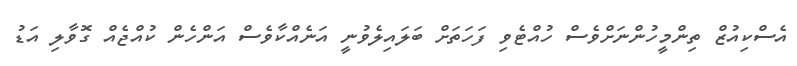
އެސްކިއުޒް ތިންމީހުންނަށްވެސް ހުއްޓެވި ފަހަތަށް ބަަލައިލެވުނީ އަނެއްކާވެސް އަންހެން ކުއްޖެއް ގޮވާލި އަޑު